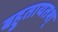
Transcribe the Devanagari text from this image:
बहुतायतश्